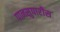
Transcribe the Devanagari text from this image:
पानसुपारीस